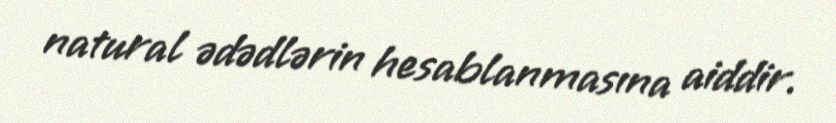
natural ədədlərin hesablanmasına aiddir.